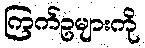
ကြက်ဥများကို